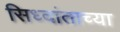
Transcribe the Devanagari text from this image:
सिध्दांताच्या